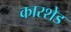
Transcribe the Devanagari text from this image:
कारशेड